Report on vaccination North-West Frontier Province 1904-1922 - 1904-1922
Year: 1904
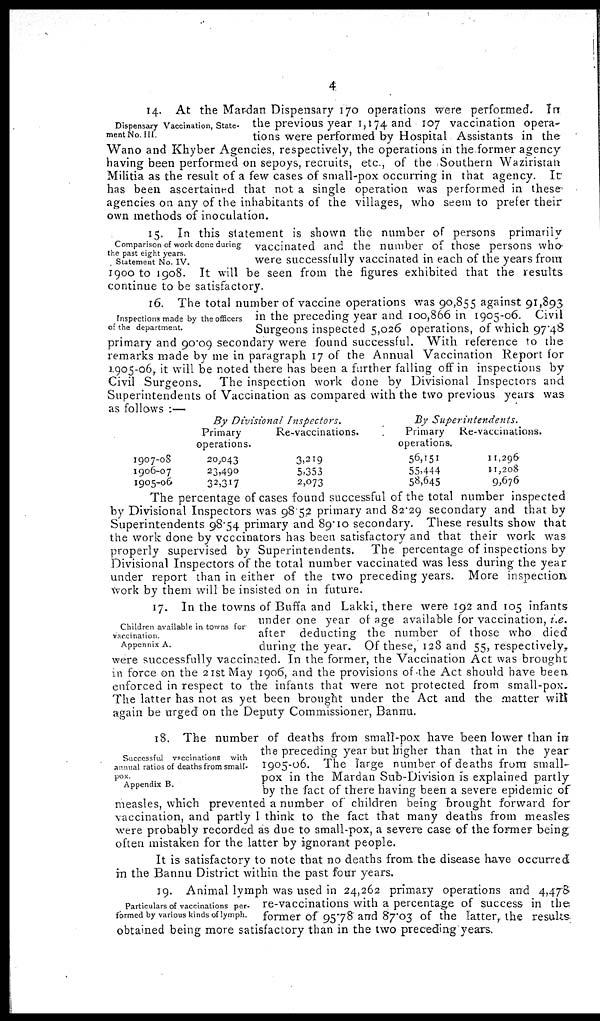
4
Dispensary Vaccination, State-
ment No. III.
14. At the Mardan Dispensary 170 operations were performed. In.
the previous year 1,174 and 107 vaccination opera-
tions were performed by Hospital Assistants in the
Wano and Khyber Agencies, respectively, the operations in the former agency
having been performed on sepoys, recruits, etc., of the Southern Waziristan
Militia as the result of a few cases of small-pox occurring in that agency. It
has been ascertained that not a single operation was performed in these
agencies on any of the inhabitants of the villages, who seem to prefer their
own methods of inoculation.
Comparison of work done during
the past eight years.
Statement No. IV.
15. In this statement is shown the number of persons primarily
vaccinated and the number of those persons who
were successfully vaccinated in each of the years from
1900 to 1908. It will be seen from the figures exhibited that the results
continue to be satisfactory.
Inspections made by the officers
of the department.
16. The total number of vaccine operations was 90,855 against 91,893
in the preceding year and 100,866 in 1905-06. Civil
Surgeons inspected 5,026 operations, of which 97.48
primary and 90.09 secondary were found successful. With reference to the
remarks made by me in paragraph 17 of the Annual Vaccination Report for
1905-06, it will be noted there has been a further falling off in inspections by
Civil Surgeons. The inspection work done by Divisional Inspectors and
Superintendents of Vaccination as compared with the two previous years was
as follows :—
1907-08
1906-07
1905-06
By Divisional
Inspectors.
Primary
operations.
20,043
23,490
32,317
Re-vaccinations.
3,219
5,353
2,073
By
Superintendents.
Primary
operations.
56,151
55,444
58,645
Re-vaccinations.
11,296
11,208
9,676
The percentage of cases found successful of the total number inspected
by Divisional Inspectors was 98.52 primary and 82.29 secondary and that by
Superintendents 98.54 primary and 89.10 secondary. These results show that
the work done by vcccinators has been satisfactory and that their work was
properly supervised by Superintendents. The percentage of inspections by
Divisional Inspectors of the total number vaccinated was less during the year
under report than in either of the two preceding years. More inspection
work by them will be insisted on in future.
Children available in towns for
vaccination.
Appennix A.
17. In the towns of Buffa and Lakki, there were 192 and 105 infants
under one year of age available for vaccination, i.e.
after deducting the number of those who died
during: the year. Of these, 128 and 55, respectively.,
were successfully vaccinated. In the former, the Vaccination Act was brought
in force on the 21st May 1906, and the provisions of the Act should have been
enforced in respect to the infants that were not protected from small-pox.
The latter has not as yet been brought under the Act and the matter will
again be urged on the Deputy Commissioner, Bannu.
Successful vaccinations with
annual ratios of deaths from small-
pox.
Appendix B.
18. The number of deaths from small-pox have been lower than in
the preceding year but higher than that in the year
1905-06. The large number of deaths from small-
pox in the Mardan Sub-Division is explained partly
by the fact of there having been a severe epidemic of
measles, which prevented a number of children being brought forward for
vaccination, and partly I think to the fact that many deaths from measles
were probably recorded as due to small-pox, a severe case of the former being
often mistaken for the latter by ignorant people.
It is satisfactory to note that no deaths from the disease have occurred
in the Bannu District within the past four years.
Particulars of vaccinations per-
formed by various kinds of lymph.
19. Animal lymph was used in 24,262 primary operations and 4,478
re-vaccinations with a percentage of success in the
former of 95.78 and 87.03 of the latter, the results
obtained being more satisfactory than in the two preceding years.